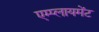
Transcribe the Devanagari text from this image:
एम्प्लायमेंट